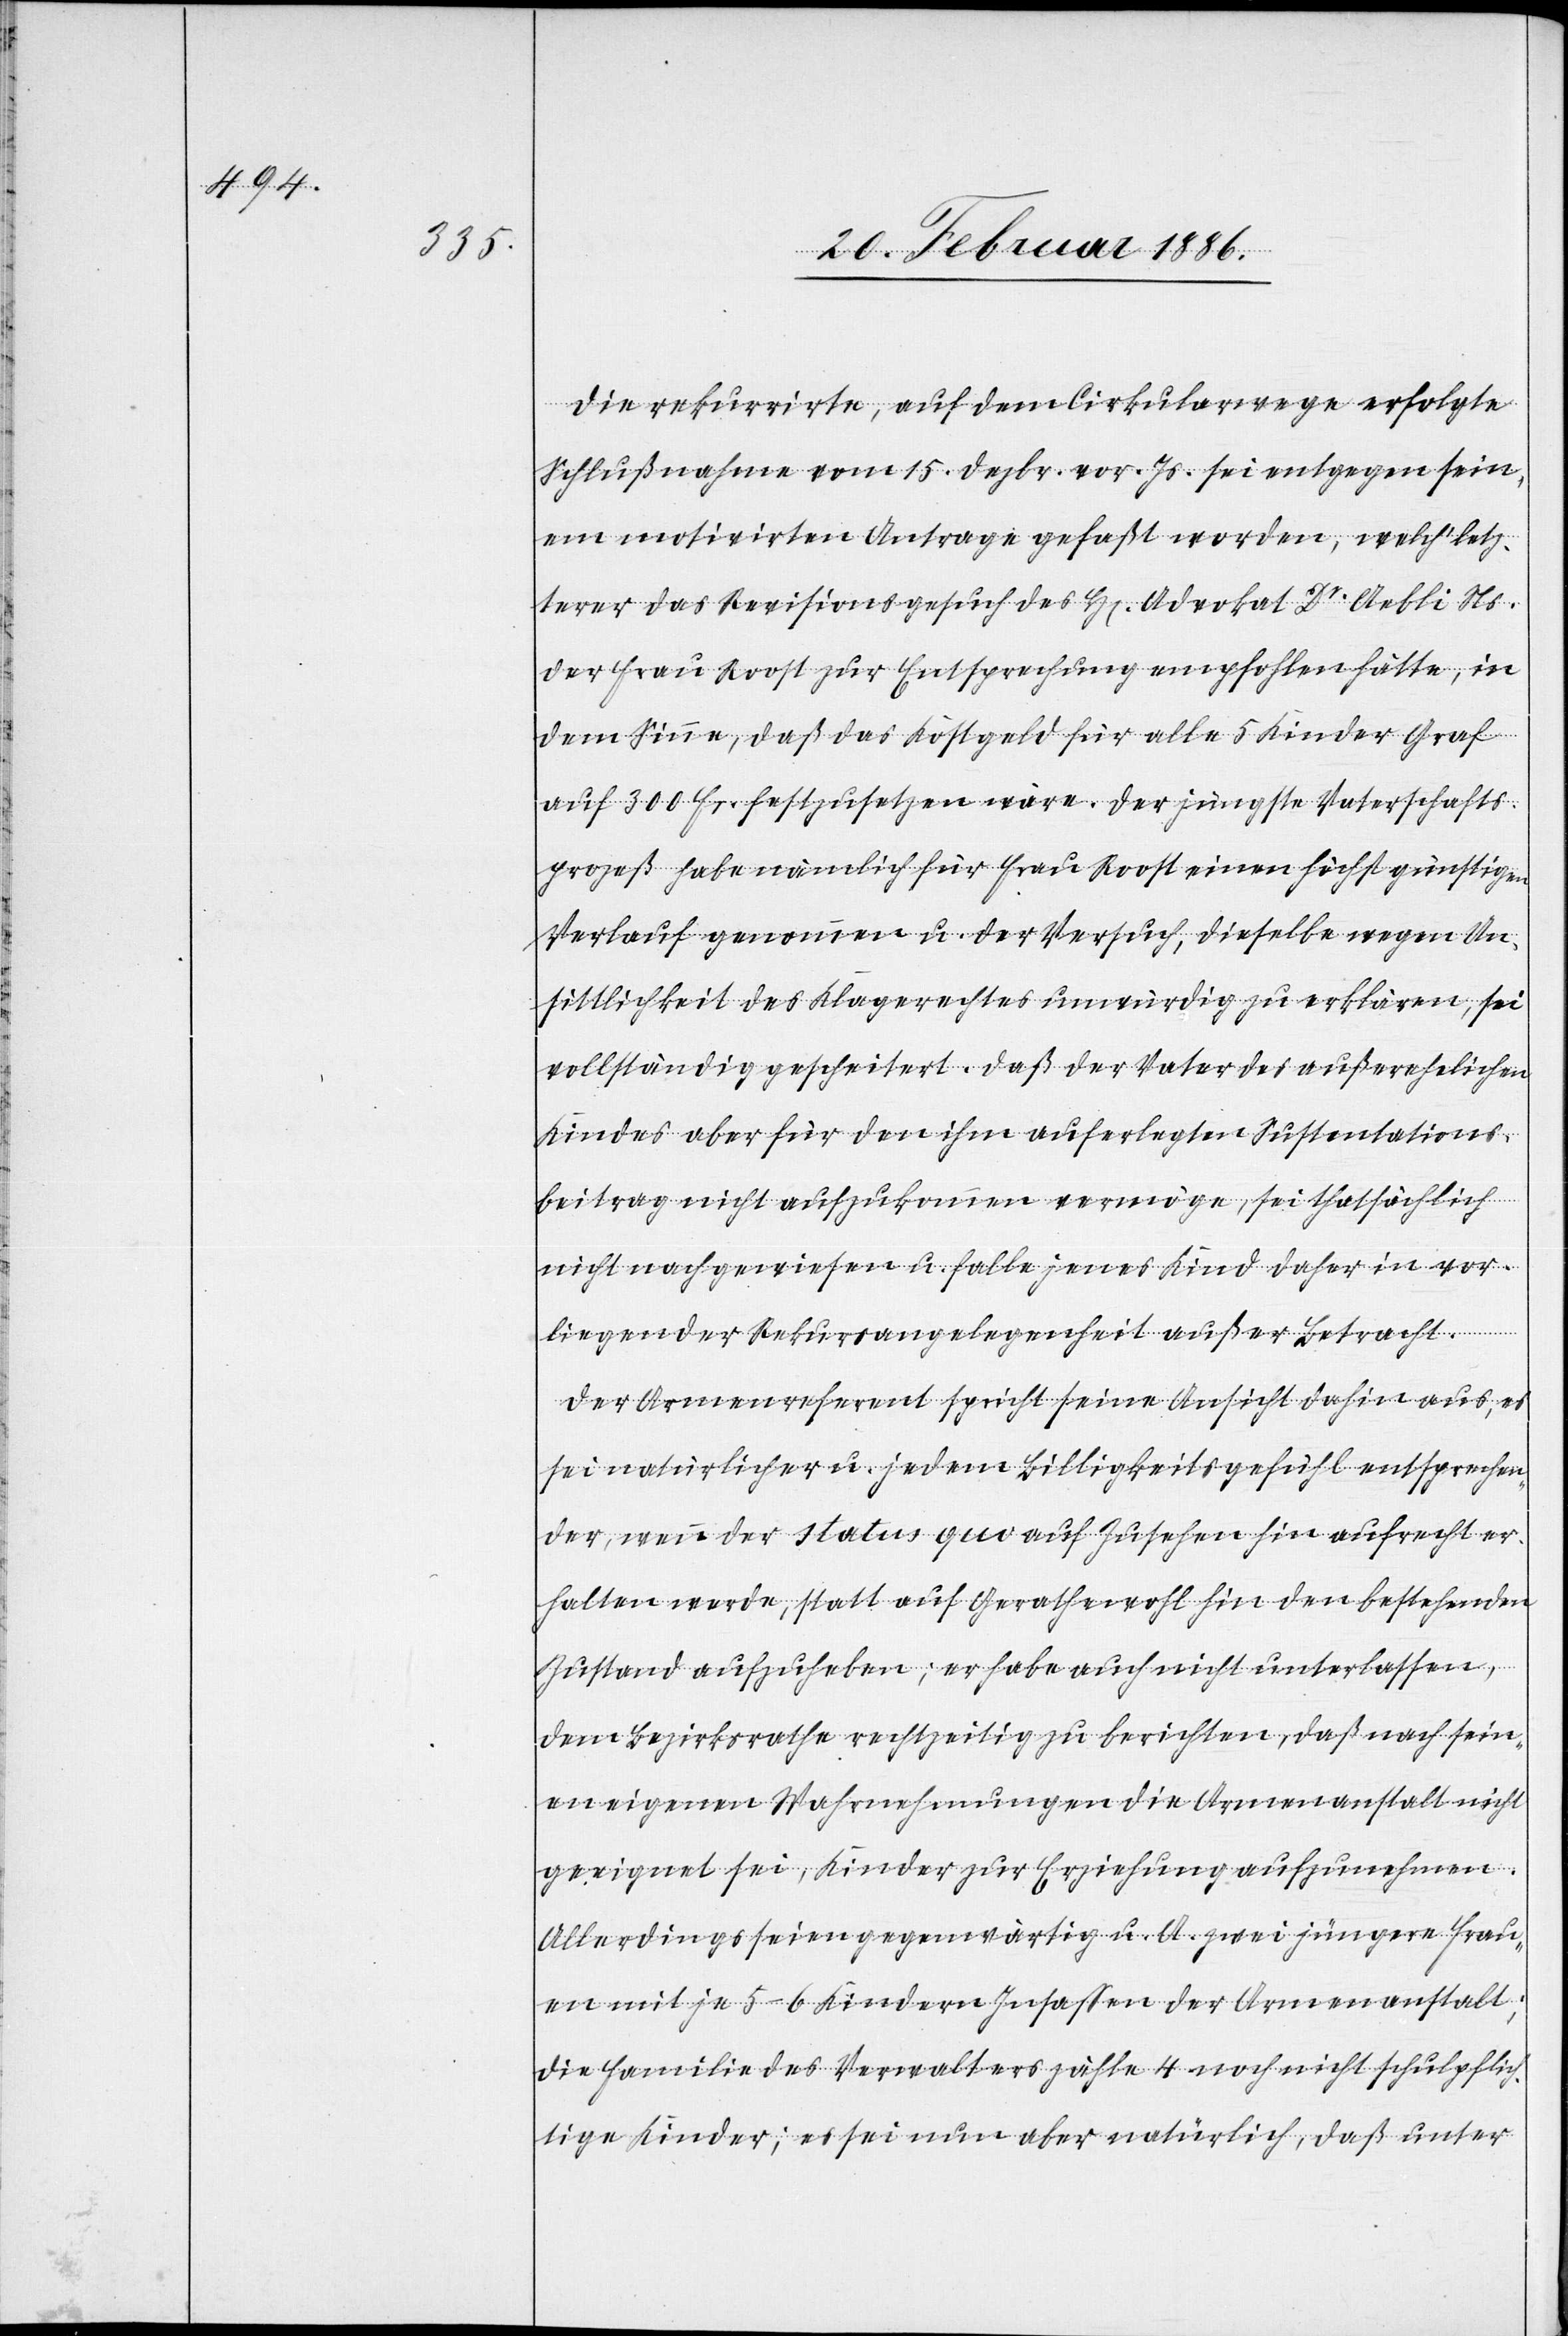
Die rekurrirte, auf dem Cirkularwege erfolgte
Schlußnahme vom 15. Dezbr. vor. Js. sei entgegen sein¬
es motivirten Antrages gefaßt worden, welch’ letz¬
terer das Revisionsgesuch des H[errn] Advokat Dr. Aebli Ns.
der Frau Roost zur Entsprechung empfohlen hätte, in
dem Sinne, daß das Kostgeld für alle 5 Kinder Graf
auf 300 Fr. festzusetzen wäre. Der jüngste Vaterschafts¬
prozeß habe nämlich für Frau Roost einen höchst günstigen
Verlauf genommen u. der Versuch, dieselbe wegen Un¬
sittlichkeit des Klagerechts unwürdig zu erklären, sei
vollständig gescheitert. Daß der Vater des außerehelichen
Kindes aber für den ihm auferlegten Sustentations¬
beitrag nicht aufzukommen vermöge, sei thatsächlich
nicht nachgewiesen u. falle jenes Kind daher in vor¬
liegender Rekursangelegenheit außer Betracht.
Der Armenreferent spricht seine Ansicht dahin aus, es
sei natürlicher u. jedem Billigkeitsgefühl entsprechen¬
der, wenn der status quo auf Zusehen hin aufrecht er¬
halten werde, statt auf Gerathewohl hin den bestehenden
Zustand aufzuheben; er habe auch nicht unterlassen,
dem Bezirksrathe rechtzeitig zu berichten, daß nach sein¬
en eigenen Wahrnehmungen die Armenanstalt nicht
geneigt sei, Kinder zur Erziehung aufzunehmen.
Allerdings seien gegenwärtig u. A. zwei jüngere Frau¬
en mit je 5–6 Kindern Insassen der Armenanstalt;
die Familie des Verwalters zähle 4 noch nicht schulpflich¬
tige Kinder; es sei nun aber natürlich, daß unter